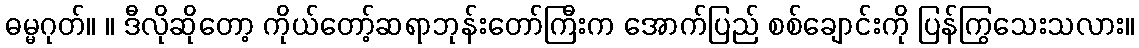
ဓမ္မဂုတ်။ ။ ဒီလိုဆိုတော့ ကိုယ်တော့်ဆရာဘုန်းတော်ကြီးက အောက်ပြည် စစ်ချောင်းကို ပြန်ကြွသေးသလား။